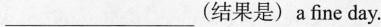
___ (结果是) a fine day.